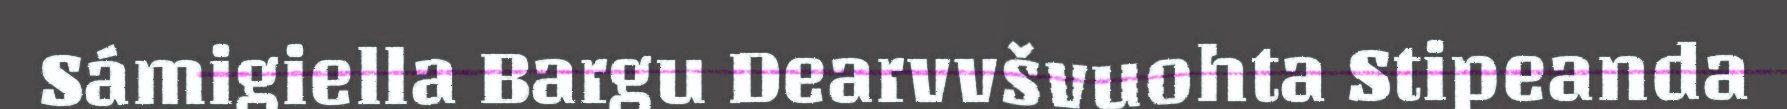
Sámigiella Bargu Dearvvšvuohta Stipeanda